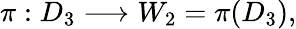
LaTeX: \pi:D_{3}\longrightarrow W_{2}=\pi(D_{3}),